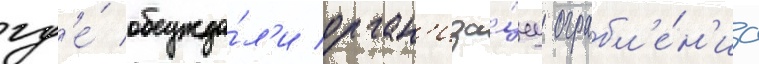
гд'е́ обсужда́л'и орган'иза́циу ограбл'е́н'иа